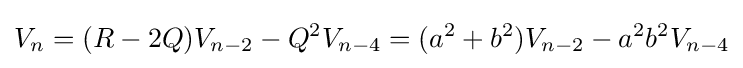
V_{n}=(R-2Q)V_{n-2}-Q^{2}V_{n-4}=(a^{2}+b^{2})V_{n-2}-a^{2}b^{2}V_{n-4}